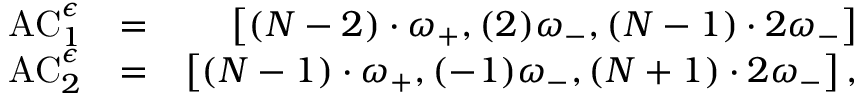
\begin{array} { r l r } { \mathrm { A C } _ { 1 } ^ { \epsilon } } & { = } & { \left[ ( N - 2 ) \cdot \omega _ { + } , ( 2 ) \omega _ { - } , ( N - 1 ) \cdot 2 \omega _ { - } \right] } \\ { \mathrm { A C } _ { 2 } ^ { \epsilon } } & { = } & { \left[ ( N - 1 ) \cdot \omega _ { + } , ( - 1 ) \omega _ { - } , ( N + 1 ) \cdot 2 \omega _ { - } \right] , } \end{array}